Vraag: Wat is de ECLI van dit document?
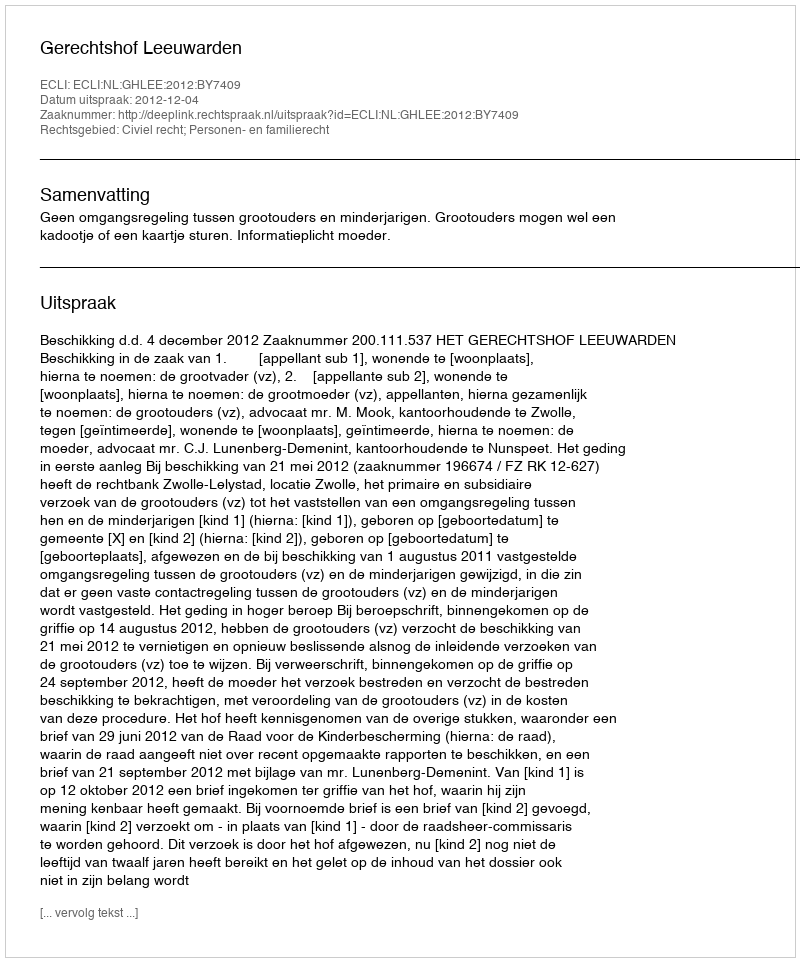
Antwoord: ECLI:NL:GHLEE:2012:BY7409